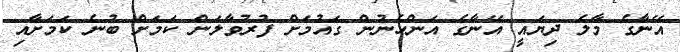
އޭނާގެ މާލެ ދިޔައީ އޭނާގެ އަންހެނުން ގައުމަށް ފުރުވާލަން ކަމަށް ބުނެ ކަމަށާއި